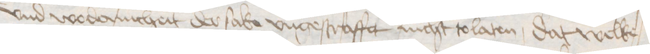
und wodernicheit der sake ungestraffet nicht tolaten dat welke